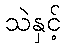
သဲနှင့်